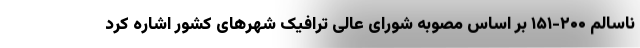
ناسالم ۲۰۰-۱۵۱ بر اساس مصوبه شورای عالی ترافیک شهرهای کشور اشاره کرد